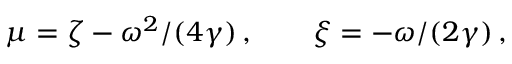
\mu = \zeta - \omega ^ { 2 } / ( 4 \gamma ) \, , \qquad \xi = - \omega / ( 2 \gamma ) \, ,